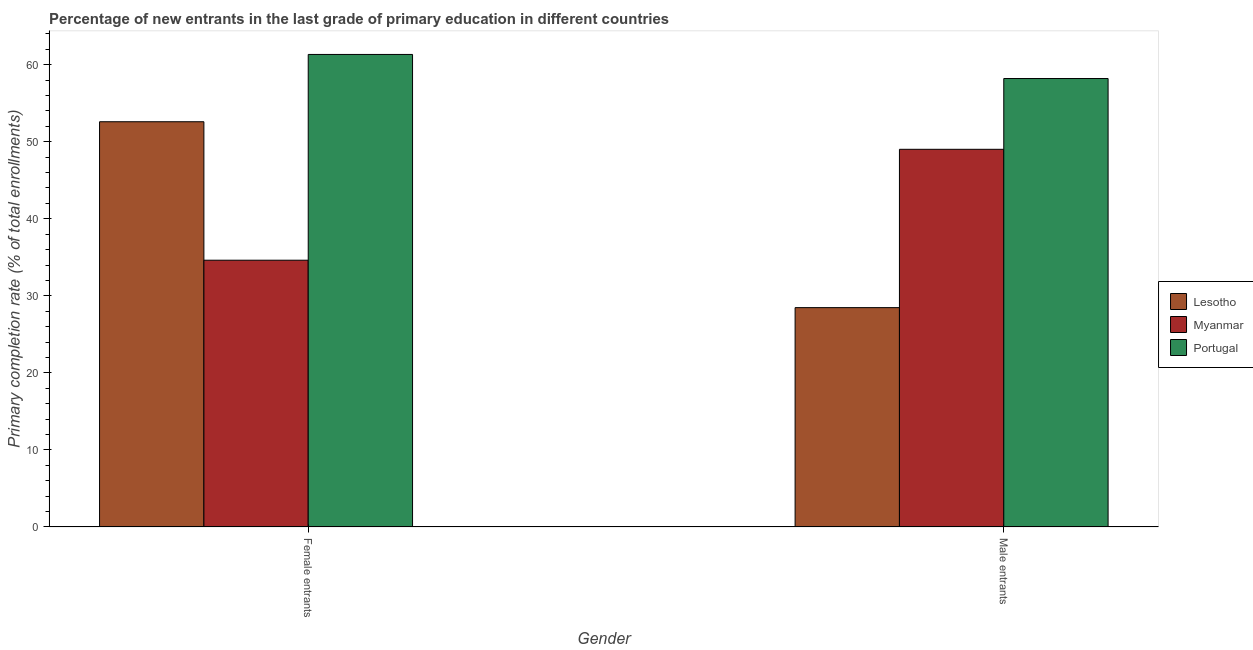
| Gender | Lesotho | Myanmar | Portugal |
 | --- | --- | --- | --- |
 | Female entrants | 52.6 | 34.6 | 61.3 |
 | Male entrants | 28.5 | 49 | 58.2 |